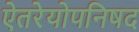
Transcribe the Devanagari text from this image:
ऐतरेयोपनिषद